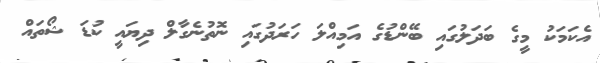
އެކަމަކު މީގެ ބަދަލުގައި ބޭންޑުގެ އަމިއްލަ ހަރަދުގައި ނޮތުނެގާލް ދިޔައީ ކުޑަ ޝޯތައް